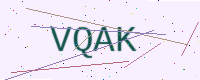
Text: VQAK